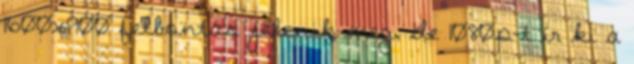
1600x900 felbontás jelenik meg, de 1080p-t ír ki a